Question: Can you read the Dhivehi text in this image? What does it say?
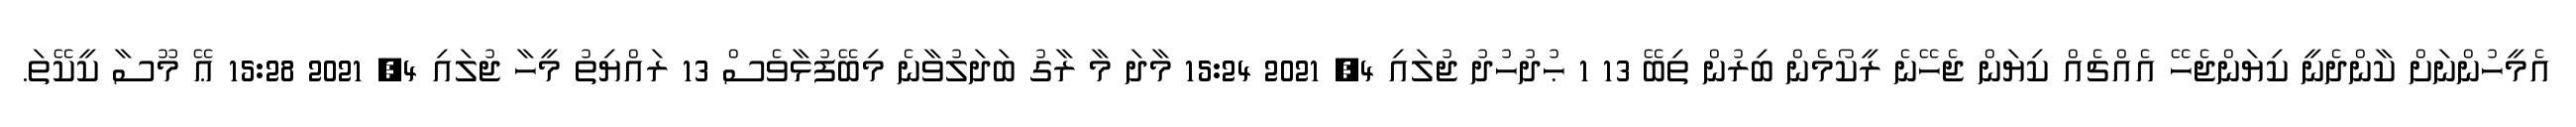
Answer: އެމީހުންނަށް ކާންދެނީ ކިޔަންޖެހޭ އެއްޗެއް ކިޔަން ޖެހޭނެ ރީކޯމެން ބިރުން ތިބޭ 13 1 ޙުދުހުދު ޖުލައި 4, 2021 15:24 މާދަ މާ ރާގު ބަދަލުވާނެ މިބޭފުޅާވެސް 13 ރައްޔިތު މީހާ ޖުލައި 4, 2021 15:28 ޢޭ މޫސާ ކީކޭތަ.